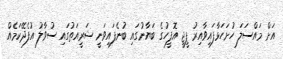
އަށް މައްސަލަ ހުށަހަޅާފައިވާއިރު ޕީޖީ އޮފީހުގެ ބަޔާނުގައި ބުނެފައިވަނީ ޝަރީއަތުގައި ސުވާލު އުފެދޭކަމެއް